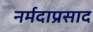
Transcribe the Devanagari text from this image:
नर्मदाप्रसाद